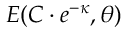
E ( C \cdot e ^ { - { \boldsymbol { \kappa } } } , { \boldsymbol { \theta } } )